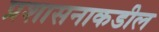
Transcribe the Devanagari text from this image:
प्रशासनाकडील